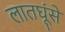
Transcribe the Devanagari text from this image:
लातघूंसे